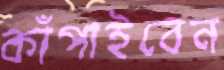
কাঁপাইবেন